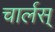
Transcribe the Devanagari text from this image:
चार्लस्‌